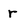
Character: r